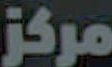
مركز